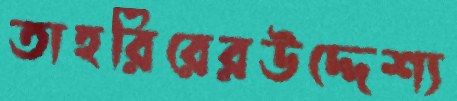
তাহরিরেরউদ্দেশ্য